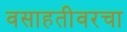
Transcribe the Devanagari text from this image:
वसाहतीवरचा